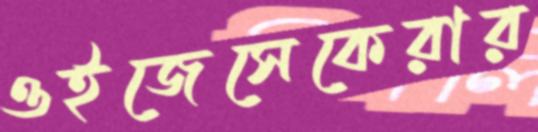
ওইজেসেকেরার